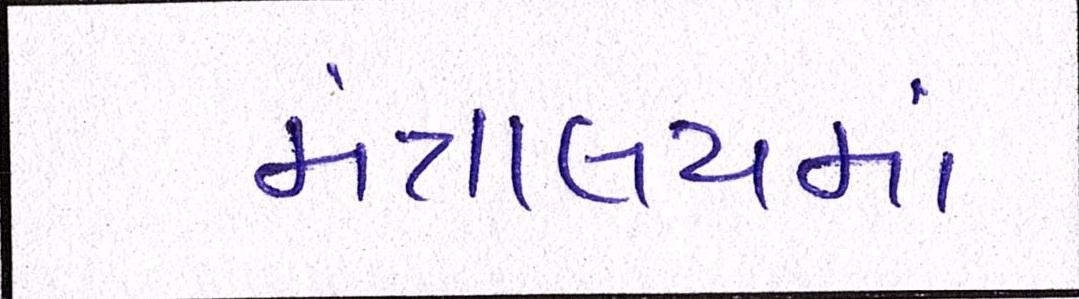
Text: મંત્રાલયમાં